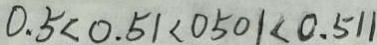
0 . 5 < 0 . 5 1 < 0 5 0 1 < 0 . 5 1 1